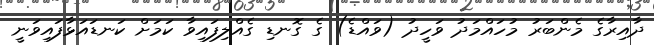
ދާއިރާގެ މެންބަރު މުހައްމަދު ވަހީދު (ވައްޑެ) ގެ ގޮނޑި ގެއްލިފައިވާ ކަމަށް ކަނޑައަޅާފައިވަނީ